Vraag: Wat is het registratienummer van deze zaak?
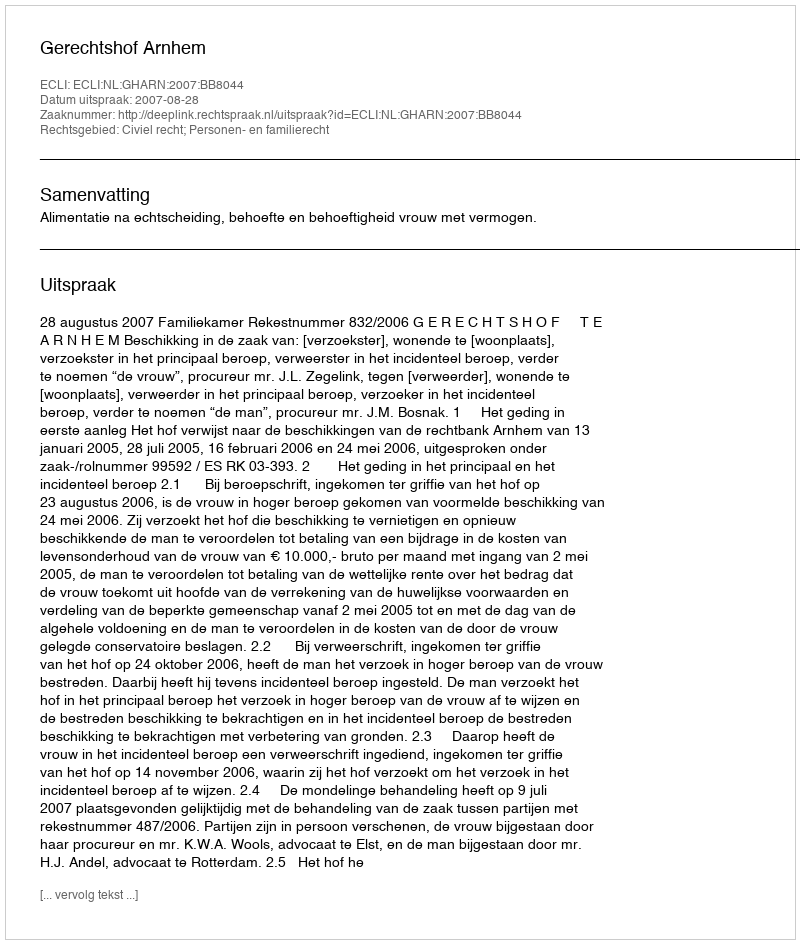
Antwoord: http://deeplink.rechtspraak.nl/uitspraak?id=ECLI:NL:GHARN:2007:BB8044